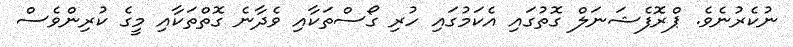
ނުކެރުނެވެ. ޕްރޮފެޝަނަލް ގޮތުގައި އެކަމުގައި ހުރި ގޯސްތަކާއި ވެދާނެ ގޮތްތަކާއި މީގެ ކުރިންވެސް